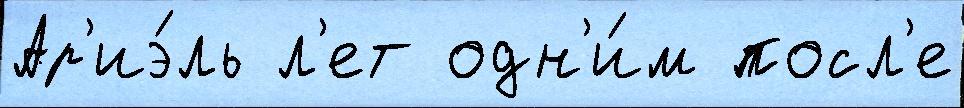
Ар'иэ́ль л'ет одн'и́м посл'е